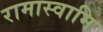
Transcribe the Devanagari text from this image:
रामास्वामि